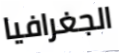
الجغرافيا